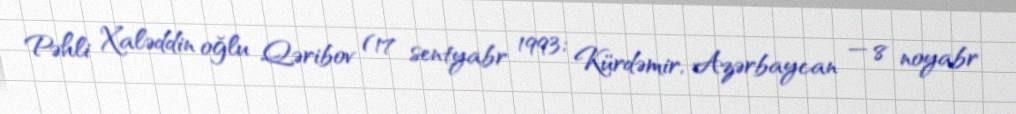
Pəhli Xaləddin oğlu Qəribov (17 sentyabr 1993; Kürdəmir, Azərbaycan — 8 noyabr